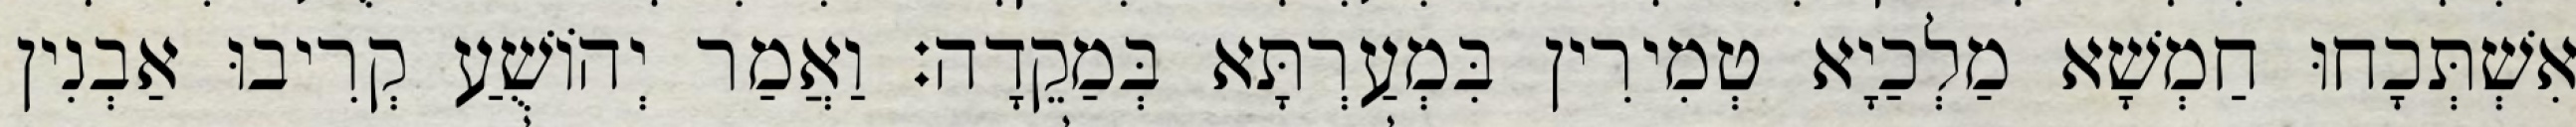
אִשְׁתְּכָחוּ חַמְשָׁא מַלְכַיָא טְמִירִין בִּמְעַרְתָּא בְּמַקֵדָה׃ וַאֲמַר יְהוֹשֻׁעַ קְרִיבוּ אַבְנִין